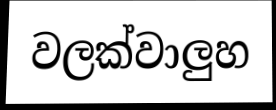
වලක්වාලුහ